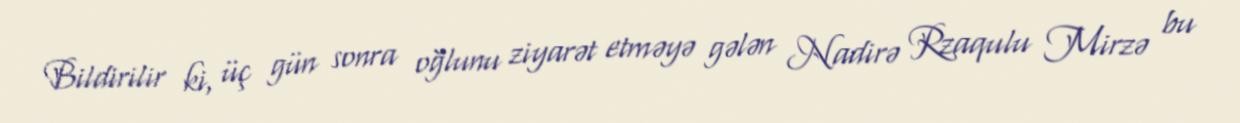
Bildirilir ki, üç gün sonra oğlunu ziyarət etməyə gələn Nadirə Rzaqulu Mirzə bu